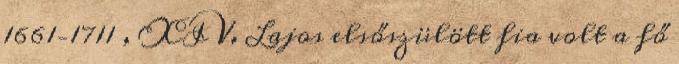
1661–1711 , XIV. Lajos elsőszülött fia volt a fő